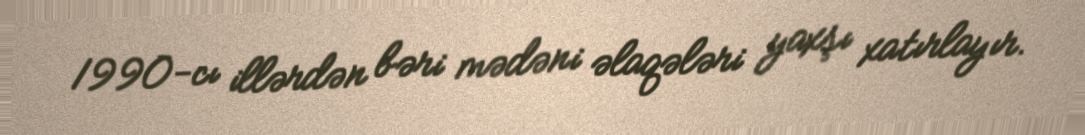
1990-cı illərdən bəri mədəni əlaqələri yaxşı xatırlayır.